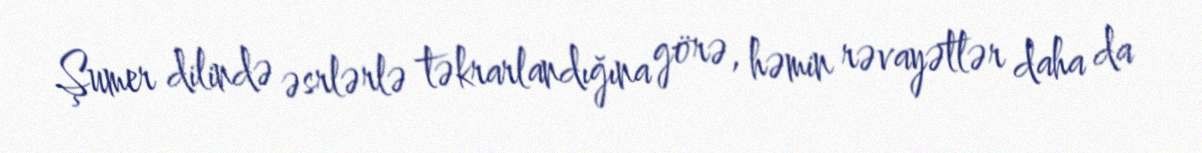
Şumer dilində əsrlərlə təkrarlandığına görə, həmin rəvayətlər daha da